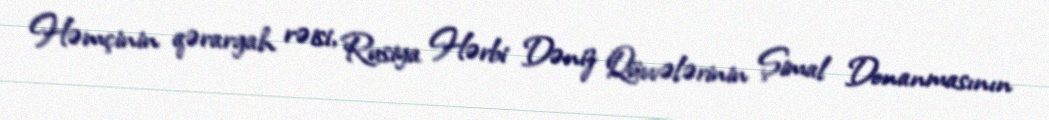
Həmçinin qərargah rəisi, Rusiya Hərbi Dəniz Qüvvələrinin Şimal Donanmasının